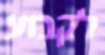
לקבוע